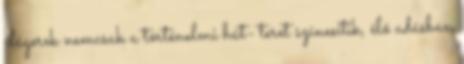
slágerek nemcsak a történelmi hát- teret színesítik, élő adásban